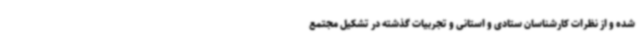
شده و از نظرات کارشناسان ستادی و استانی و تجربیات گذشته در تشکیل مجتمع